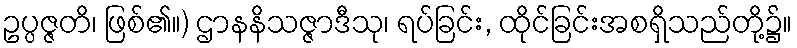
ဥပ္ပဇ္ဇတိ၊ ဖြစ်၏။) ဌာနနိသဇ္ဇာဒီသု၊ ရပ်ခြင်း, ထိုင်ခြင်းအစရှိသည်တို့၌။